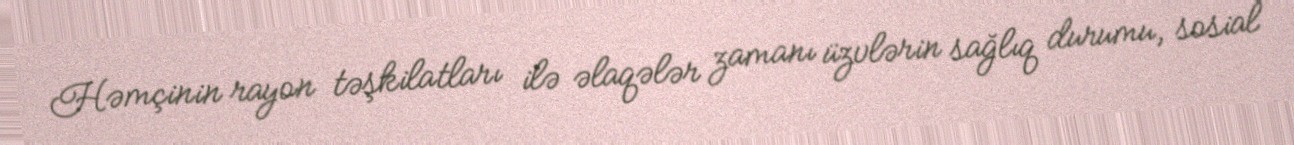
Həmçinin rayon təşkilatları ilə əlaqələr zamanı üzvlərin sağlıq durumu, sosial